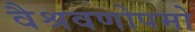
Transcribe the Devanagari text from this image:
वैश्रवणोपमो